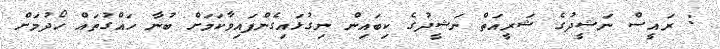
: ރައީސް ނަޝީދުގެ ޝަރީއަތް ނަޝީދުގެ ކިބައިން ނިގުޅައިގެންފައިވާކަމަށް ބުނާ ހައްގުތައް ހޯދުމަށް